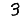
Digit: 3